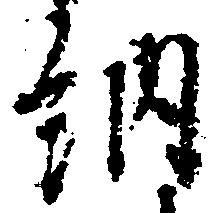
納